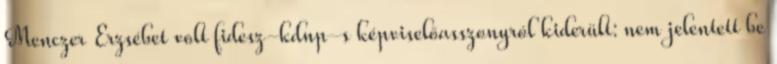
Menczer Erzsébet volt fidesz-kdnp-s képviselőasszonyról kiderült: nem jelentett be